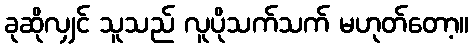
ခုဆိုလျှင် သူသည် လူပိုသက်သက် မဟုတ်တော့။